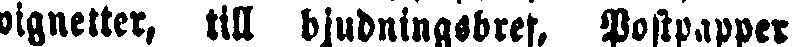
vignetter, till bjudningsbref, Postpapper